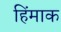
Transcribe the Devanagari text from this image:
हिंमाक